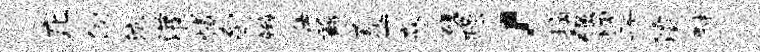
庀伺沆灌憾旬辫仕兹夏一淼磋躁，摘强惆于灞畔